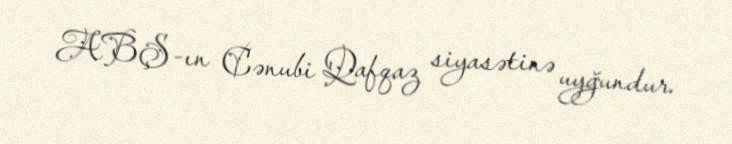
ABŞ-ın Cənubi Qafqaz siyasətinə uyğundur.